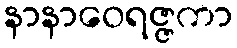
နာနာဝေရဇ္ဇကာ